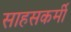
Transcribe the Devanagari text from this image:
साहसकर्मी